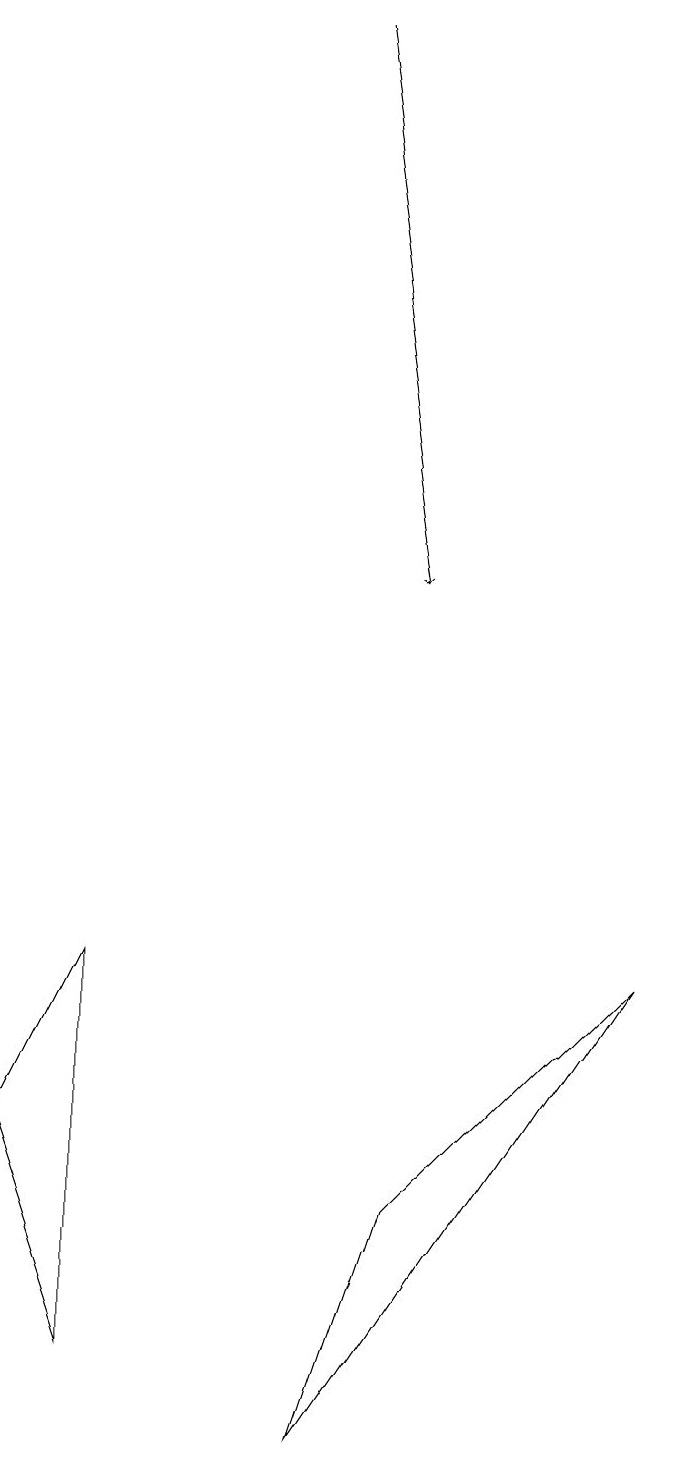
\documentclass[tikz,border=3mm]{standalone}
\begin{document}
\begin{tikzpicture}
\draw[->] (4,18) -- (5,11);
\draw (0,4) -- (1,1) -- (1,6) -- cycle;
\draw (5,3) -- (8,6) -- (4,0) -- cycle;
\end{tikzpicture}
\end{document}